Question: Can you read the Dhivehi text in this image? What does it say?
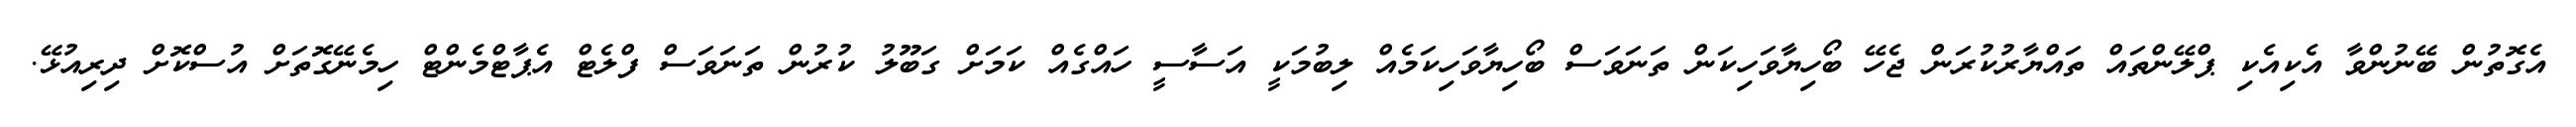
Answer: އެގޮތުން ބޭނުންވާ އެކިއެކި ޕްލޭންތައް ތައްޔާރުކުރަން ޖެހޭ ބޯހިޔާވަހިކަން ތަނަވަސް ބޯހިޔާވަހިކަމެއް ލިބުމަކީ އަސާސީ ހައްގެއް ކަމަށް ގަބޫލު ކުރުން ތަނަވަސް ފްލެޓް އެޕާޓްމެންޓް ހިމެނޭގޮތަށް އުސްކޮށް ދިރިއުޅޭ.